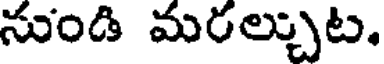
నుండి మరల్చుట.